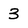
Character: 3